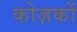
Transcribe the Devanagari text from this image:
कोज़कों